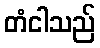
တံငါသည်